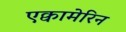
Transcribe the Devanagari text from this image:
एक्वामेरिन